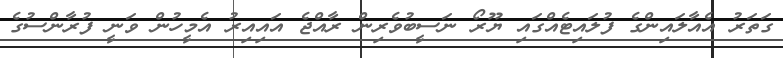
ގަތަރު އެއާލައިންގެ ފުލައިޓެއްގައި ޔޫރޯ ނަސީބުވެރިން ރާއްޖެ އައިއިރު އެމީހުން ވަނީ ފުރާންސުގެ